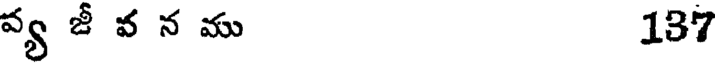
వ్య జీ వ న ము 187